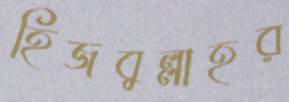
হিজবুল্লাহর